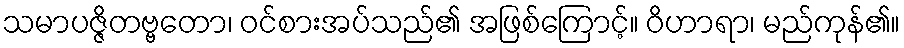
သမာပဇ္ဇိတဗ္ဗတော၊ ဝင်စားအပ်သည်၏ အဖြစ်ကြောင့်။ ဝိဟာရာ၊ မည်ကုန်၏။